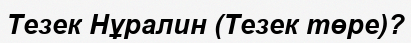
Тезек Нұралин (Тезек төре)?